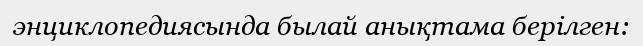
энциклопедиясында былай анықтама берілген: